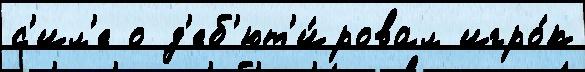
с'ил'е о д'еб'ют'и́ровал игро́к